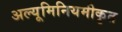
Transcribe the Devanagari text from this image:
अल्यूमिनियमीकृत